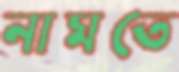
নামতে